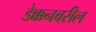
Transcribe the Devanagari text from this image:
डेक्कनवरील